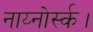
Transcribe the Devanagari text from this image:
नाय्नोर्स्क।